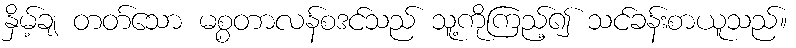
နှိမ့်ချ တတ်သော မစ္စတာလန်စဒင်သည် သူ့ကိုကြည့်၍ သင်ခန်းစာယူသည်။